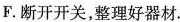
F。断开开关，整理好器材。